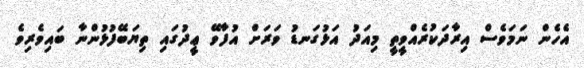
އެހެން ނަމަވެސް އިރާދަކުރެއްވީތީ މިއަދު އަޅުގަނޑު ވަރަށް އުފާވޭ ޢީދުގައި ތިޔަބޭފުޅުންނާ ބައިވެރިވެ